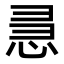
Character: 𭜵